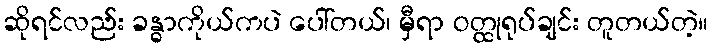
ဆိုရင်လည်း ခန္ဓာကိုယ်ကပဲ ပေါ်တယ်၊ မှီရာ ဝတ္ထုရုပ်ချင်း တူတယ်တဲ့။